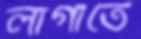
লাগাতে